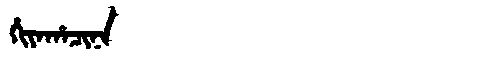
Manchu: ᡥᡳᠶᠠᡥᠠᠴᡳᠨᠠ
Romanization: HIYAHACINA